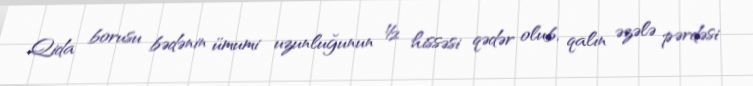
Qida borusu bədənin ümumi uzunluğunun ½ hissəsi qədər olub, qalın əzələ pərdəsi